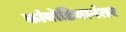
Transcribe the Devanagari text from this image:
कांबोडियानंतर